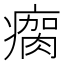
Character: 瘸